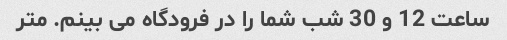
ساعت 12 و 30 شب شما را در فرودگاه می بینم. متر